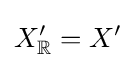
X_{\mathbb {R} }^{\prime }=X^{\prime }